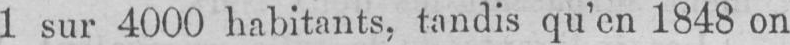
1 sur 4000 habitants, tandis qu’en 1848 on